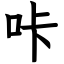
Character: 咔